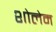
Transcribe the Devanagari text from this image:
शोलेम